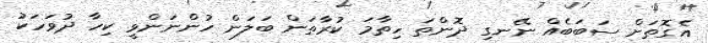
އެގޮތަށް ސަބަބެއް ނޭނގި ދޮންތަ ހިތާމަ ކުރާތަން ބަލަން ހުންނަންވީ ކިހާ ދުވަހަކު